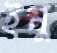
ইমু